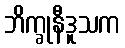
ဘိက္ခုနီဒူသက